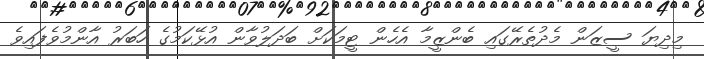
މިދިޔަ ސީޒަން މެދުތެރޭގައި ބެންޒީމާ އެހެން ޓީމަކަށް ބަދަލުވާން އުޅޭކަމުގެ ހަބަރު އާންމުވެފައިވެ